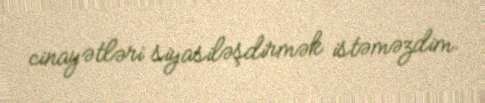
cinayətləri siyasiləşdirmək istəməzdim.